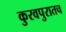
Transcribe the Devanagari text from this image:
कुरवपुरातच